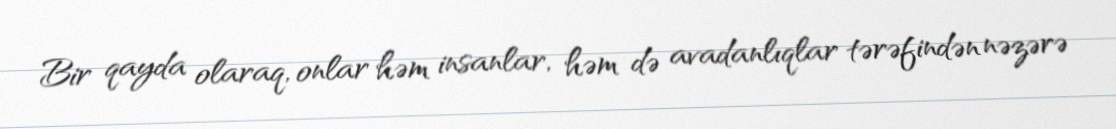
Bir qayda olaraq, onlar həm insanlar, həm də avadanlıqlar tərəfindən nəzərə